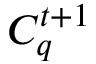
C _ { q } ^ { t + 1 }